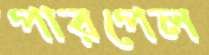
পারপেল